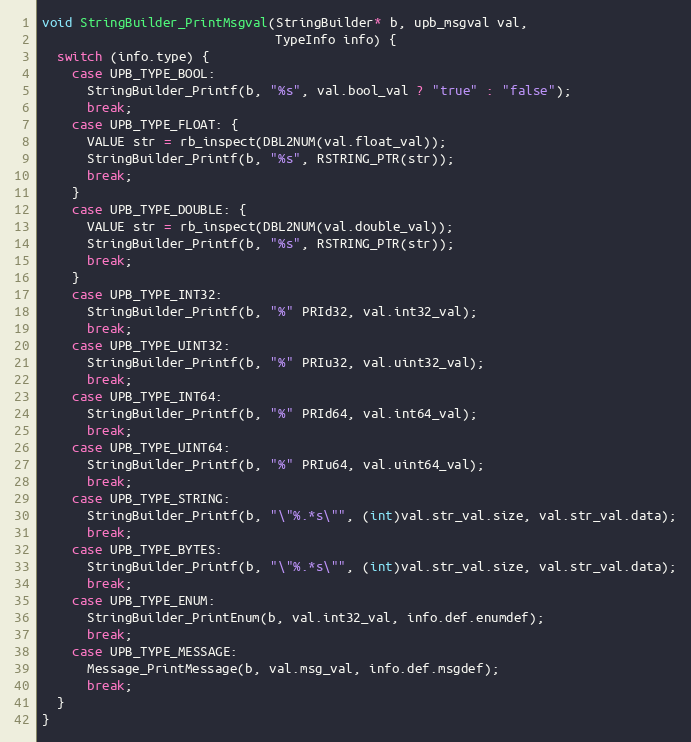
Language: C
void StringBuilder_PrintMsgval(StringBuilder* b, upb_msgval val,
                               TypeInfo info) {
  switch (info.type) {
    case UPB_TYPE_BOOL:
      StringBuilder_Printf(b, "%s", val.bool_val ? "true" : "false");
      break;
    case UPB_TYPE_FLOAT: {
      VALUE str = rb_inspect(DBL2NUM(val.float_val));
      StringBuilder_Printf(b, "%s", RSTRING_PTR(str));
      break;
    }
    case UPB_TYPE_DOUBLE: {
      VALUE str = rb_inspect(DBL2NUM(val.double_val));
      StringBuilder_Printf(b, "%s", RSTRING_PTR(str));
      break;
    }
    case UPB_TYPE_INT32:
      StringBuilder_Printf(b, "%" PRId32, val.int32_val);
      break;
    case UPB_TYPE_UINT32:
      StringBuilder_Printf(b, "%" PRIu32, val.uint32_val);
      break;
    case UPB_TYPE_INT64:
      StringBuilder_Printf(b, "%" PRId64, val.int64_val);
      break;
    case UPB_TYPE_UINT64:
      StringBuilder_Printf(b, "%" PRIu64, val.uint64_val);
      break;
    case UPB_TYPE_STRING:
      StringBuilder_Printf(b, "\"%.*s\"", (int)val.str_val.size, val.str_val.data);
      break;
    case UPB_TYPE_BYTES:
      StringBuilder_Printf(b, "\"%.*s\"", (int)val.str_val.size, val.str_val.data);
      break;
    case UPB_TYPE_ENUM:
      StringBuilder_PrintEnum(b, val.int32_val, info.def.enumdef);
      break;
    case UPB_TYPE_MESSAGE:
      Message_PrintMessage(b, val.msg_val, info.def.msgdef);
      break;
  }
}